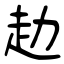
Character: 赲